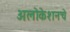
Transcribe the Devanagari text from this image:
अलोकेशनचे